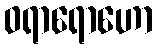
ဝရာရောဟော